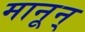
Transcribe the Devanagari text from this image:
मानून्